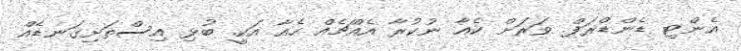
އެންޓި ޑެންޑްރަފް. ވަރަށް ކެއާ ނުކުރާ އެއްޗެއް ހެއާ އަކީ. ބުޅި އިސްތަށިގަނޑެއް